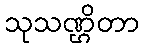
သုသဏ္ဌိတာ